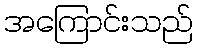
အကြောင်းသည်